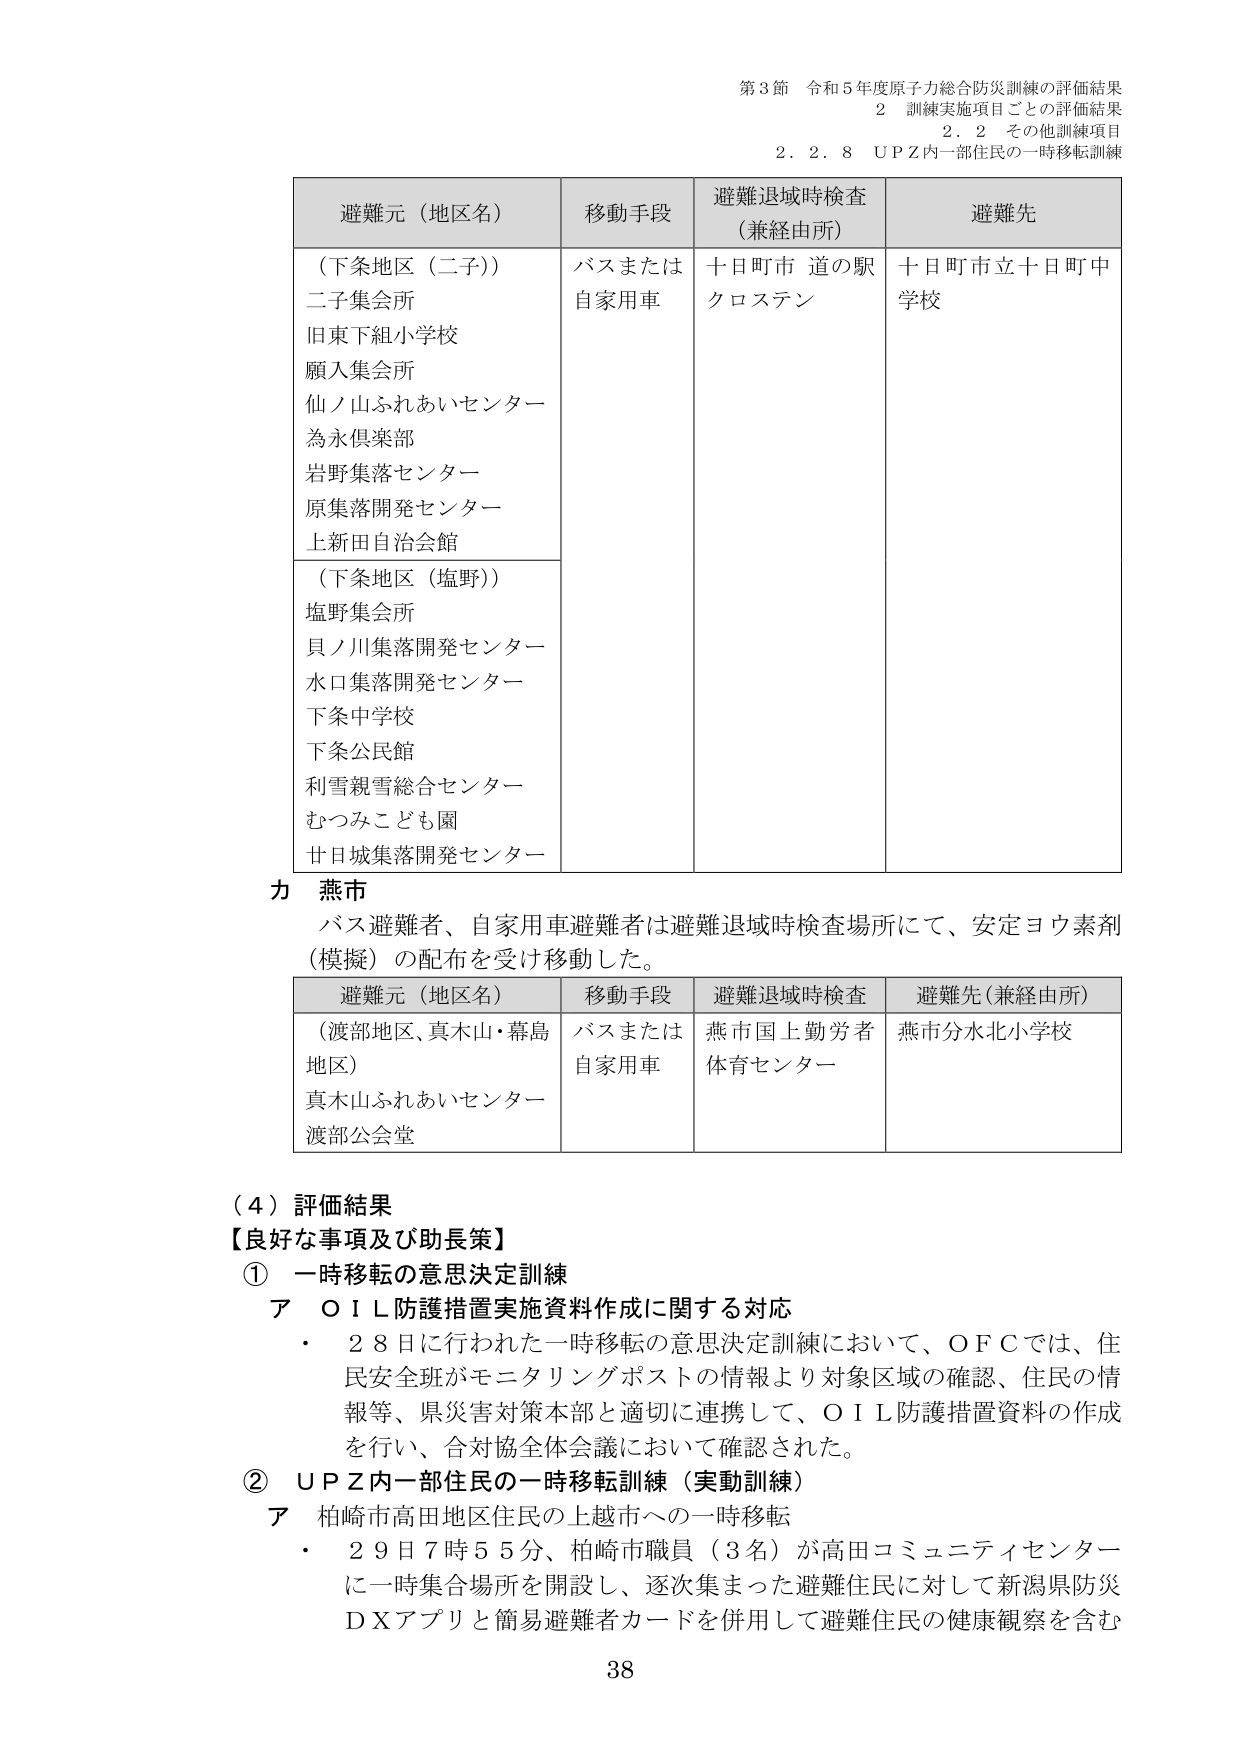
第3節 令和5年度原子力総合防災訓練の評価結果
2 訓練実施項目ごとの評価結果
2.2 その他訓練項目
2.2.8 UPZ内一部住民の一時移転訓練

避難元（地区名） 移動手段 避難退域時検査（兼経由所） 避難先
（下条地区（二子）） バスまたは 十日町市 道の駅 十日町市立十日町中
二子集会所 自家用車 クロステン 学校
旧東下組小学校
願入集会所
仙ノ山ふれあいセンター
為永倶楽部
岩野集落センター
原集落開発センター
上新田自治会館
（下条地区（塩野））
塩野集会所
貝ノ川集落開発センター
水口集落開発センター
下条中学校
下条公民館
利雪親雪総合センター
むつみこども園
廿日城集落開発センター

力 燕市
バス避難者、自家用車避難者は避難退域時検査場所にて、安定ヨウ素剤（模擬）の配布を受け移動した。

避難元（地区名） 移動手段 避難退域時検査 避難先（兼経由所）
（渡部地区、真木山・幕島地区） バスまたは 自家用車 燕市国上勤労者体育センター 燕市分水北小学校
真木山ふれあいセンター
渡部公会堂

（4）評価結果
【良好な事項及び助長策】
① 一時移転の意思決定訓練
ア OIL防護措置実施資料作成に関する対応
・ 28日に行われた一時移転の意思決定訓練において、OFCでは、住民安全班がモニタリングポストの情報より対象区域の確認、住民の情報等、県災害対策本部と適切に連携して、OIL防護措置資料の作成を行い、合対協全体会議において確認された。
② UPZ内一部住民の一時移転訓練（実動訓練）
ア 柏崎市高田地区住民の上越市への一時移転
・ 29日7時55分、柏崎市職員（3名）が高田コミュニティセンターに一時集合場所を開設し、逐次集まった避難住民に対して新潟県防災DXアプリと簡易避難者カードを併用して避難住民の健康観察を含む

38